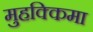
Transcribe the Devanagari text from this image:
मुहक्किमा